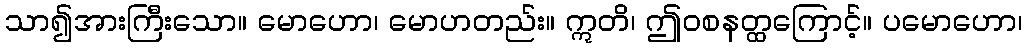
သာ၍အားကြီးသော။ မောဟော၊ မောဟတည်း။ ဣတိ၊ ဤဝစနတ္ထကြောင့်။ ပမောဟော၊